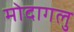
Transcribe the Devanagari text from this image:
मोदागलु